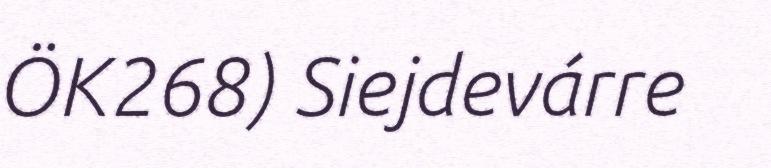
ÖK268) Siejdevárre